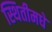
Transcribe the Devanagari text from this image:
स्थितीमधे